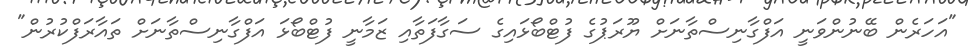
"އަހަރެން ބޭނުންވަނީ އަފްގާނިސްތާނަށް ޔޫރަޕުގެ ފުޓްބޯޅައިގެ ސަގާފަތާއި ޒަމާނީ ފުޓްބޯޅަ އަފްގާނިސްތާނަށް ތައާރަފްކުރުން"